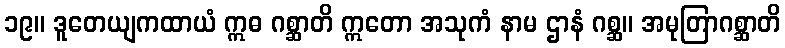
၁၉။ ဒူတေယျကထာယံ ဣဓ ဂစ္ဆာတိ ဣတော အသုကံ နာမ ဌာနံ ဂစ္ဆ။ အမုတြာဂစ္ဆာတိ